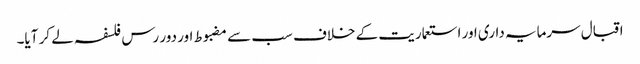
اقبال سرمایہ داری اور استعماریت کے خلاف سب سے مضبوط اور دور رس فلسفہ لے کر آیا۔